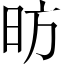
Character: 昉